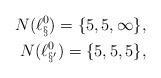
LaTeX: \begin{align*}~N(\ell^0_\S)=\{5,5,\infty\},\\N(\ell^0_{\S'})=\{5,5,5\},\end{align*}